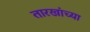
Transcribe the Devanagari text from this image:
तारखांच्या